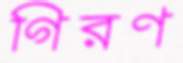
গিরণ